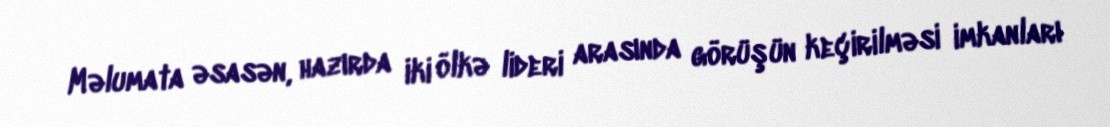
Məlumata əsasən, hazırda iki ölkə lideri arasında görüşün keçirilməsi imkanları